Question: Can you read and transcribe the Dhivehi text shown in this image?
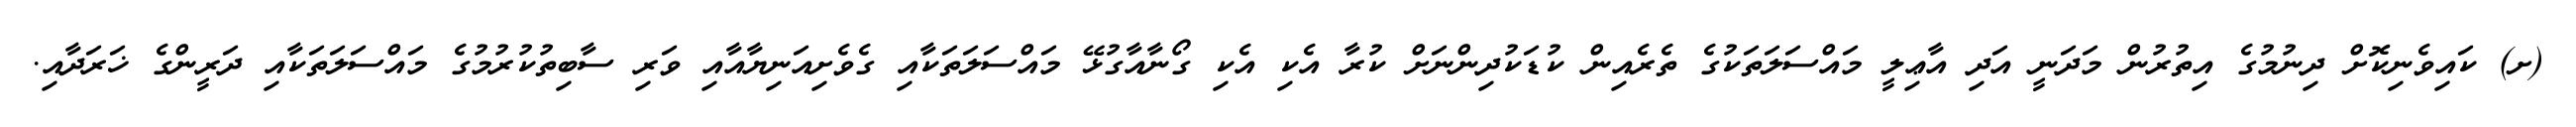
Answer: (ށ) ކައިވެނިކޮށް ދިނުމުގެ އިތުރުން މަދަނީ އަދި އާޢިލީ މައްސަލަތަކުގެ ތެރެއިން ކުޑަކުދިންނަށް ކުރާ އެކި އެކި ގޯނާއާގުޅޭ މައްސަލަތަކާއި ގެވެށިއަނިޔާއާއި ވަރި ސާބިތުކުރުމުގެ މައްސަލަތަކާއި ދަރީންގެ ޚަރަދާއި.